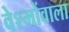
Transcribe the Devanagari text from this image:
वेश्मोंवाला